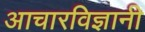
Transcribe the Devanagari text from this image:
आचारविज्ञानी